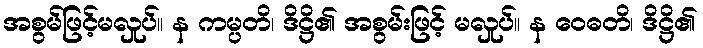
အစွမ်ဖြင့်မလှုပ်။ န ကမ္ပတိ၊ ဒိဋ္ဌိ၏ အစွမ်းဖြင့် မလှုပ်။ န ဝေဓတိ၊ ဒိဋ္ဌိ၏